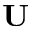
\textbf { U }